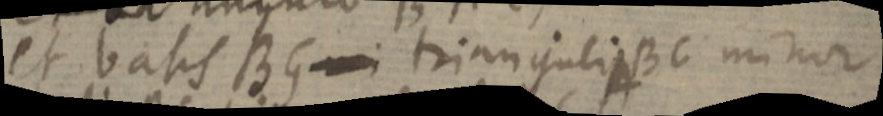
et basis BG _ trianguli BC minor